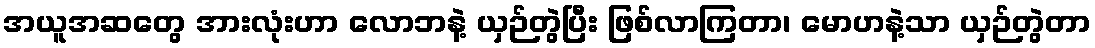
အယူအဆတွေ အားလုံးဟာ လောဘနဲ့ ယှဉ်တွဲပြီး ဖြစ်လာကြတာ၊ မောဟနဲ့သာ ယှဉ်တွဲတာ